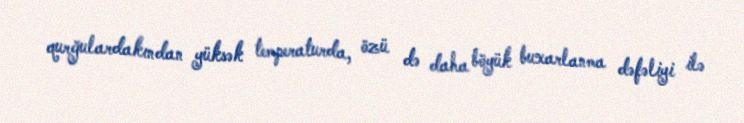
qurğulardakından yüksək temperaturda, özü də daha böyük buxarlanma dəfəliyi ilə